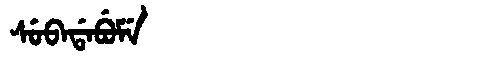
Manchu: ᠰᡠᠪᠠᡩᠠᠪᡠᠮᡝ
Romanization: SUBADABUME